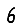
Digit: 6